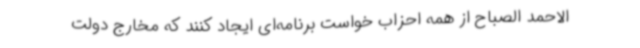
الاحمد الصباح از همه احزاب خواست برنامه‌ای ایجاد کنند که مخارج دولت